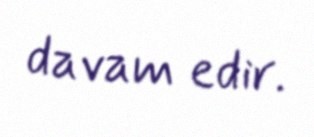
davam edir.